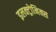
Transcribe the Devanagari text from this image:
इलक्ट्रोनिक्स